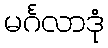
မင်္ဂလာဒုံ